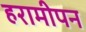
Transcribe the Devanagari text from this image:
हरामीपन